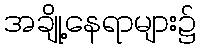
အချို့နေရာများ၌